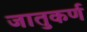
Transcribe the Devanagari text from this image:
जातुकर्ण